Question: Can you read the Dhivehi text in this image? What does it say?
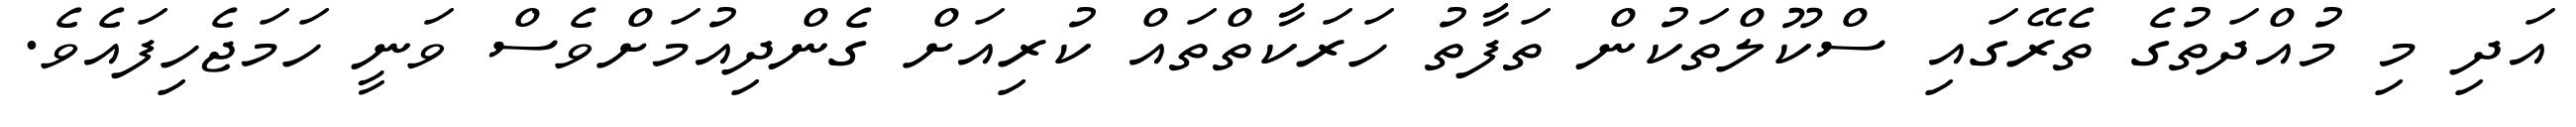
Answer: އަދި މި މުއްދަތުގެ ތެރޭގައި ސްކޫލްތަކުން ތަފާތު ހަރަކާތްތައް ކުރިއަށް ގެންދިއުމަށްވެސް ވަނީ ހަމަޖެހިފައެވެ.